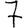
Digit: 7